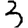
Digit: 3